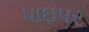
પાઇપર